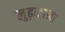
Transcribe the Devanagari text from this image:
लुढ़काना